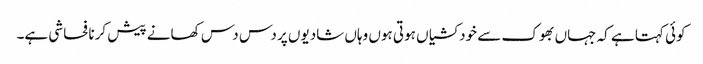
کوئی کہتا ہے کہ جہاں بھوک سے خودکشیاں ہوتی ہوں وہاں شادیوں پر دس دس کھانے پیش کرنا فحاشی ہے۔